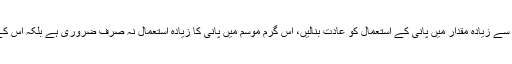
اگر تو آپ واقعی حد سے زیادہ کھانے سے بچنا چاہتے ہیں تو زیادہ سے زیادہ مقدار میں پانی کے استعمال کو عادت بنالیں، اس گرم موسم میں پانی کا زیادہ استعمال نہ صرف ضروری ہے بلکہ اس کے نتیجے میں آپ غذا کی زیادہ مقدار کا استعمال نہیں کرسکیں گے۔